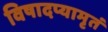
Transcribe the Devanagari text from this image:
विषादप्यामृतं